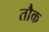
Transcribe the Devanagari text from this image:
तौक